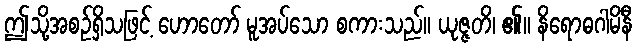
ဤသို့အစဉ်ရှိသဖြင့် ဟောတော် မူအပ်သော စကားသည်။ ယုဇ္ဇတိ၊ ၏။ နိရောဓဂါမိနီ